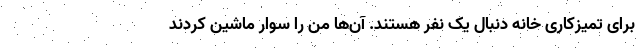
برای تمیز‌کاری خانه دنبال یک نفر هستند. آن‌ها من را سوار ماشین کردند